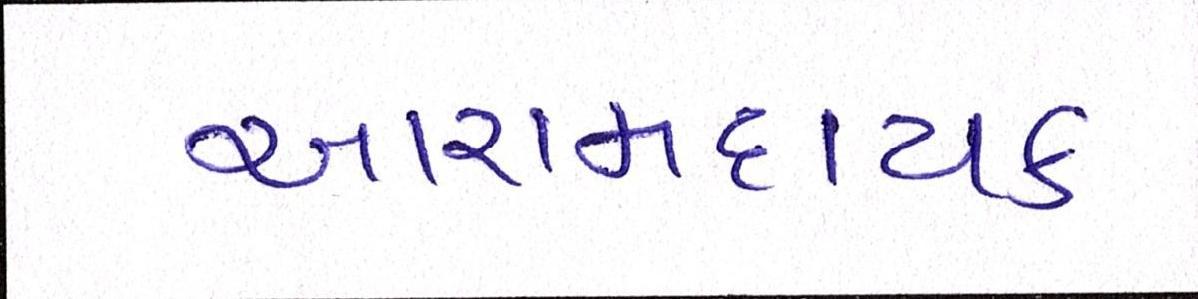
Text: આરામદાયક